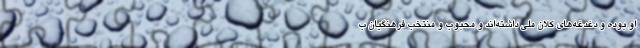
او بوده و دغدغه‌های کلان ملی داشته‌اند و محبوب و منتخب فرهنگیان ب